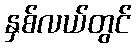
နှစ်လယ်တွင်